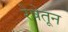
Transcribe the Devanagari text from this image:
रेषेतून